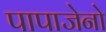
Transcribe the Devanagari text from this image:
पापाजेनो